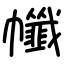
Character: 㡨